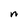
Character: n